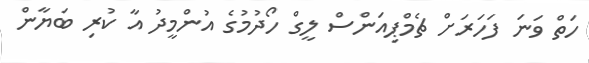
ހަތް ވަނަ ފަހަރަށް ޗެމްޕިއަންސް ލީގް ހޯދުމުގެ އުންމީދު އާ ކުރި ބަޔާން